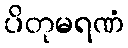
ပိတုမရဏံ